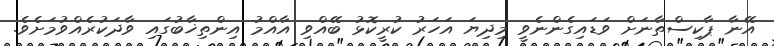
އޭނާ ޕާކިސްތާނަށް ވަޑައިގެންނެވީ މިދިޔަ އަހަރު ކުރީކޮޅު ބޭއްވި އާއްމު އިންތިޚާބުގައި ވާދަކުރެއްވުމަށެވެ.